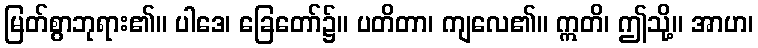
မြတ်စွာဘုရား၏။ ပါဒေ၊ ခြေတော်၌။ ပတိတာ၊ ကျလေ၏။ ဣတိ၊ ဤသို့။ အာဟ၊